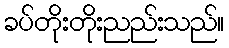
ခပ်တိုးတိုးညည်းသည်။